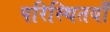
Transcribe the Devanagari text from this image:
परिस्थितयाँ